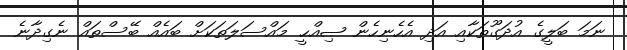
ނަމަ ބަލީގެ އުދަގޫތަކާއި އަދި އެހެނިހެން ޞިއްޙީ މައްސަލަތަކަށް ބައެއް ބޭސްތައް ނެގިދާނެ